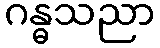
ဂန္ဓသညာ